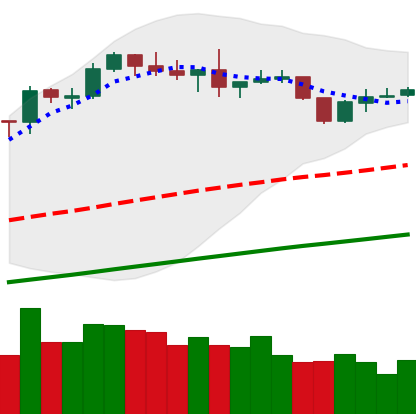
Ticker: BNB-USD
Chart end date: 2019-06-08
Forward return: 9.595%
Label: up_7plus